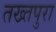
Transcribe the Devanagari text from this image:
तख्तपुरा